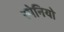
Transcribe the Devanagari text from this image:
स्पेनियो